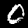
Digit: 0